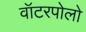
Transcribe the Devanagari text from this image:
वॉटरपोलो